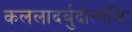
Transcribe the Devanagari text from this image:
कललादर्बुदोत्पत्तिः